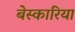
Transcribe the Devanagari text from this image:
बेस्कारिया